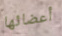
أعضائها